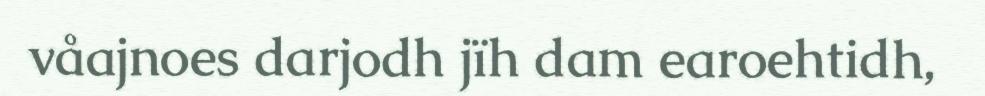
våajnoes darjodh jïh dam earoehtidh,